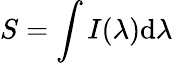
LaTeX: S=\int I(\lambda)\mathrm{d}\lambda